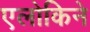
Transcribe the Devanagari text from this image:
एलोकिने